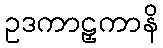
ဥဒကာဠှကာနိ